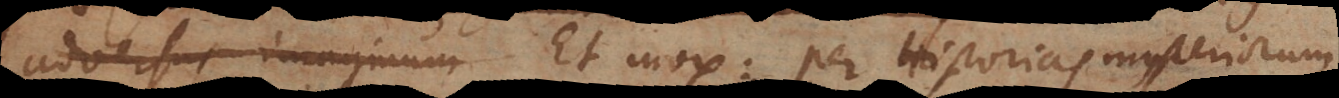
adversus imaginum Et mox: per Historias mysteriorum